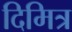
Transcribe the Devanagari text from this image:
दिमित्र